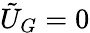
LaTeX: \tilde{U}_{G}=0